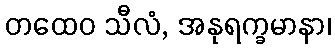
တထေဝ သီလံ, အနုရက္ခမာနာ၊